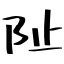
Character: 阯